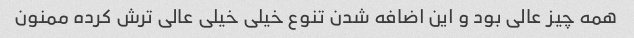
همه چیز عالی بود و این اضافه شدن تنوع خیلی خیلی عالی ترش کرده ممنون